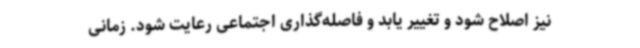
نیز اصلاح شود و تغییر یابد و فاصله‌گذاری اجتماعی رعایت شود. زمانی